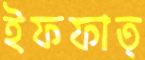
ইফফাত্